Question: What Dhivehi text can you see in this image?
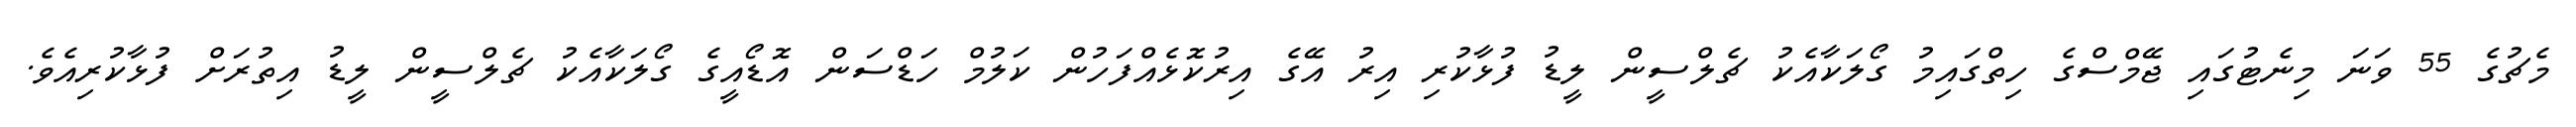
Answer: މެޗުގެ 55 ވަނަ މިނެޓުގައި ޖޭމްސްގެ ހިތްގައިމު ގޯލަކާއެކު ޗެލްސީން ލީޑު ފުޅާކުރި އިރު އޭގެ އިރުކޮޅެއްފަހުން ކަލުމް ހަޑްސަން އޮޑޯއީގެ ގޯލަކާއެކު ޗެލްސީން ލީޑު އިތުރަށް ފުޅާކުރިއެވެ.